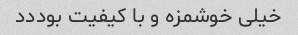
خیلی خوشمزه و با کیفیت بوددد